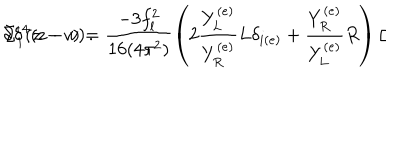
\Sigma _ { 1 } ^ { i } ( z - v ) = \frac { - 3 f _ { l } ^ { 2 } } { 1 6 ( 4 \pi ^ { 2 } ) } \left( 2 \frac { Y _ { L } ^ { ( e ) } } { Y _ { R } ^ { ( e ) } } L \delta _ { i ( e ) } + \frac { Y _ { R } ^ { ( e ) } } { Y _ { L } ^ { ( e ) } } R \right) / \hspace { - 2 m m } \partial \delta ^ { 4 } ( z - v ) \, .